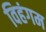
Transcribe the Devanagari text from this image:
विहंगम